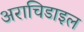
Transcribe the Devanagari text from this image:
अराचिडाइल